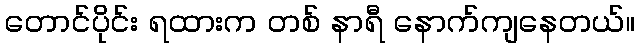
တောင်ပိုင်း ရထားက တစ် နာရီ နောက်ကျနေတယ်။